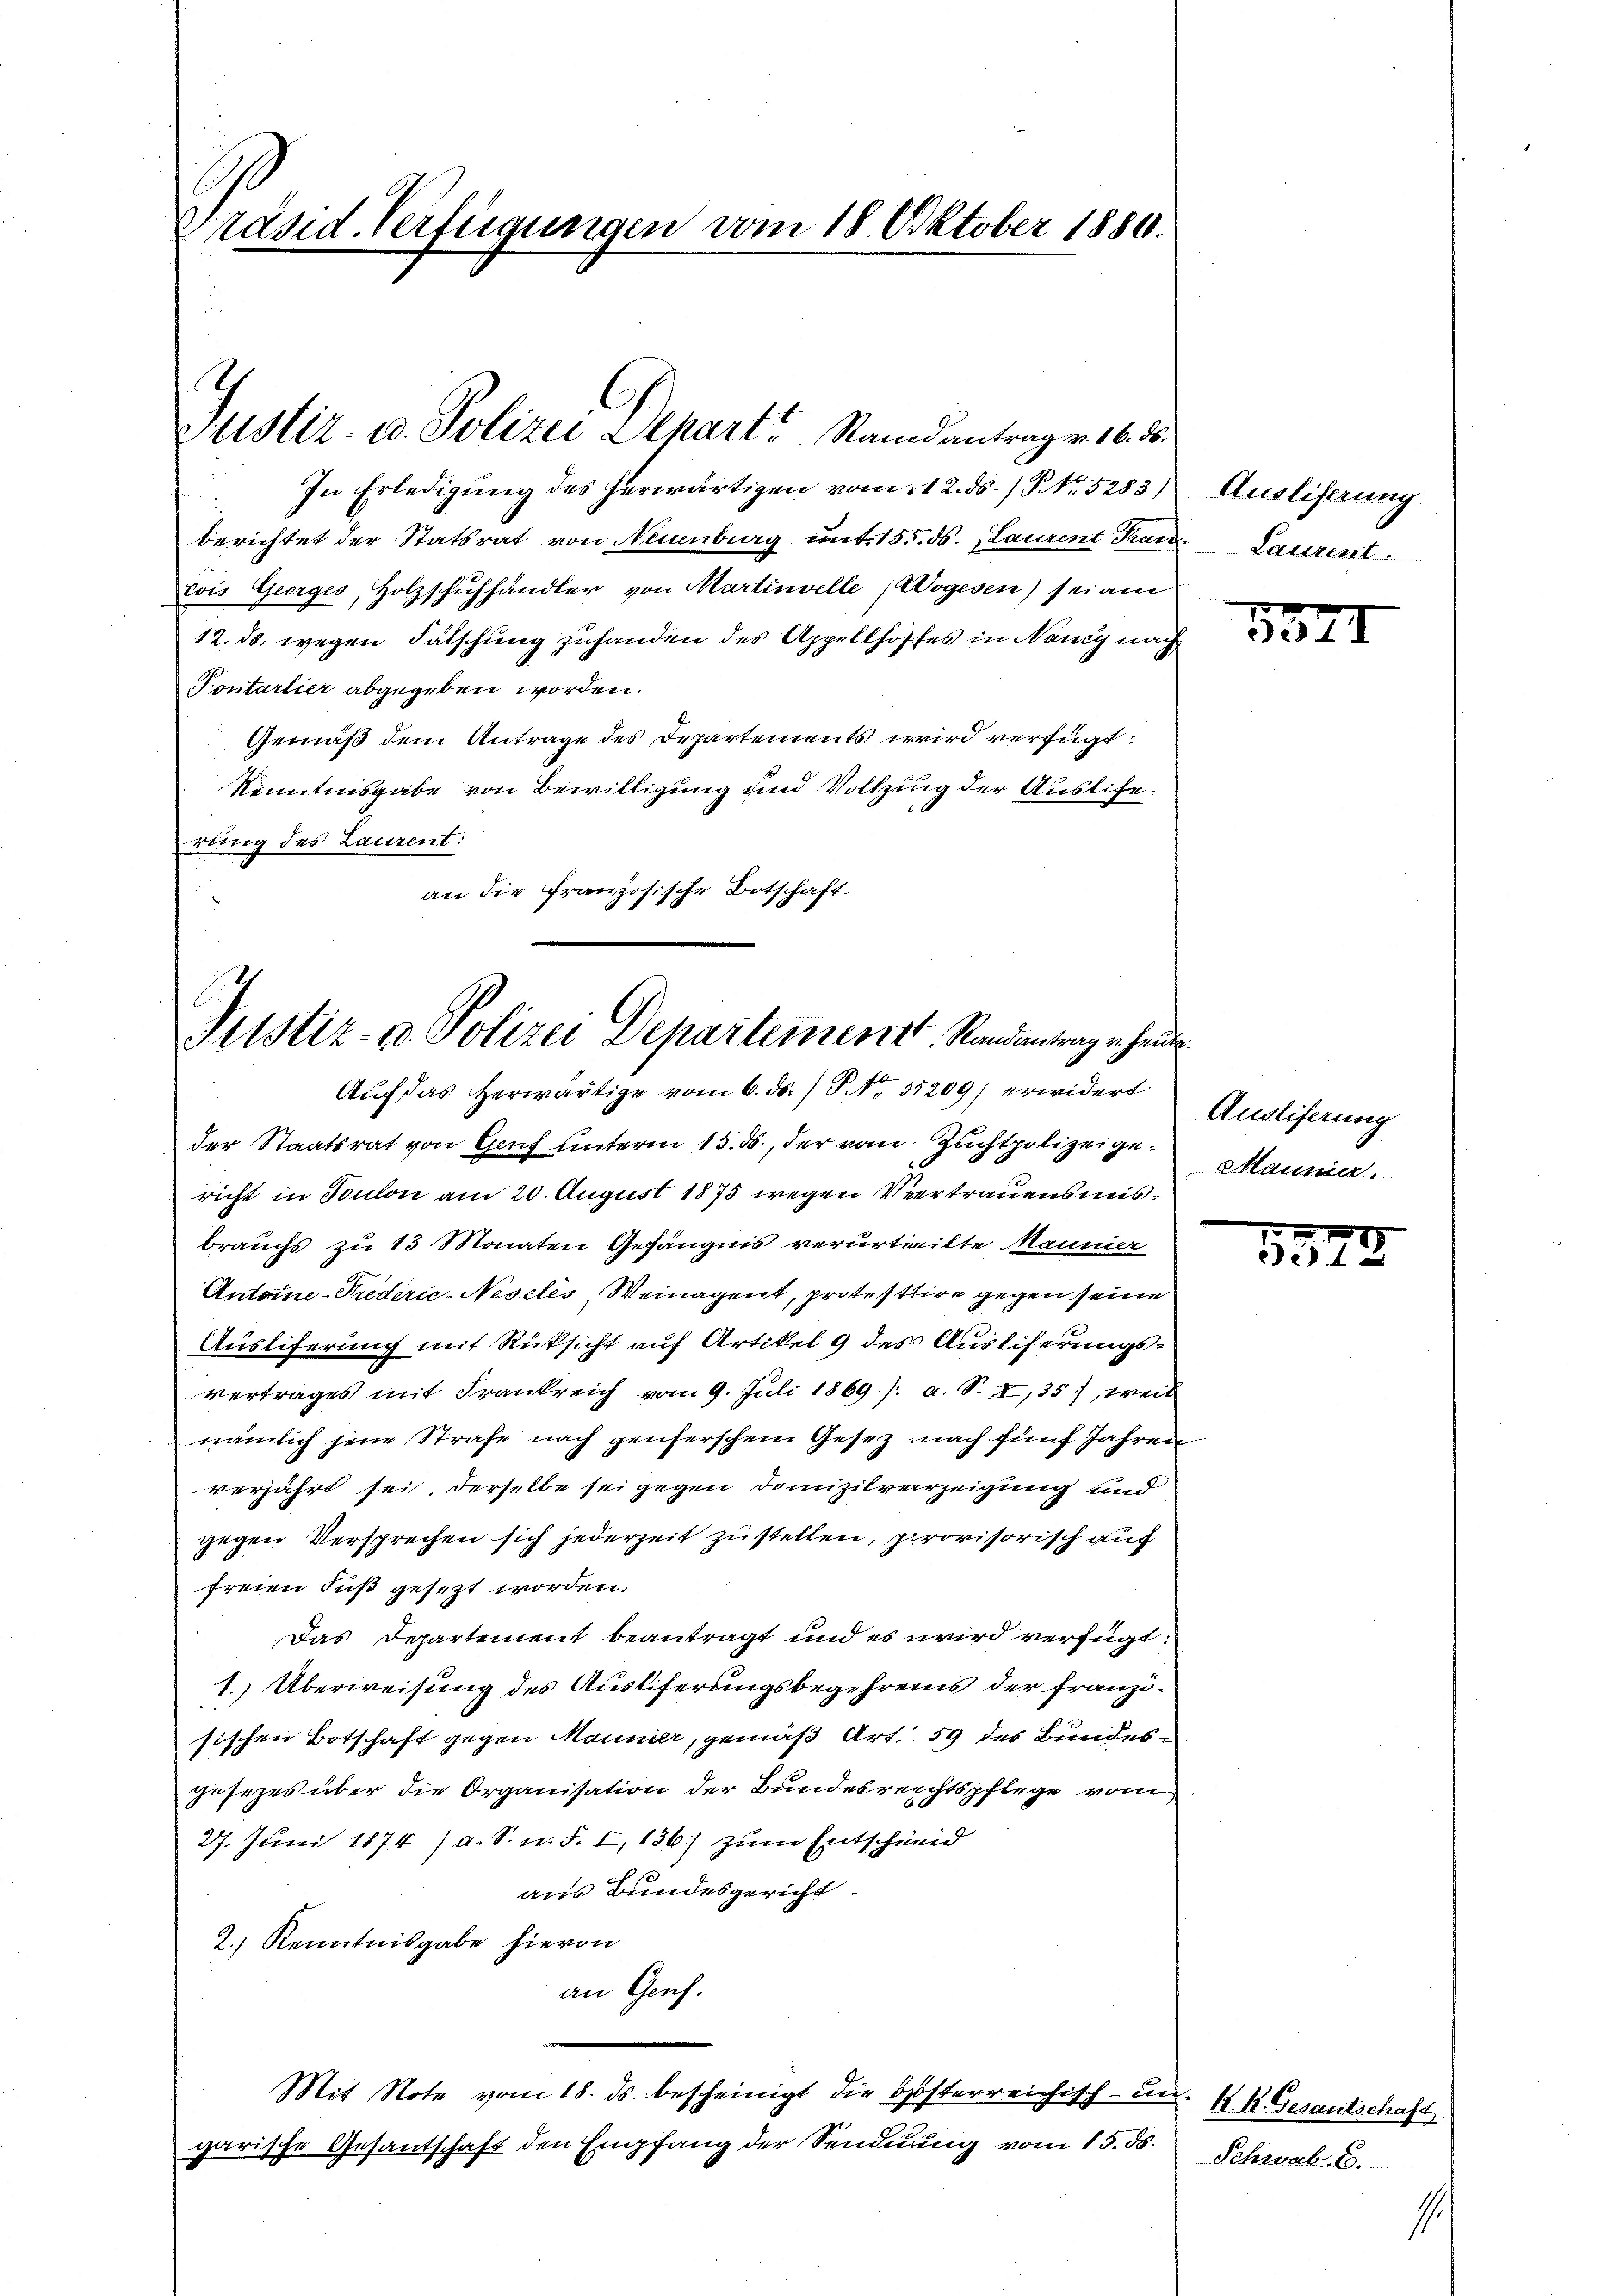
präsid. Verfügungen vom 18. Oktober 1880.

In Erledigung des herwärtigen vom 12. ds. / NNo. 5283)
berichtet der Statsrat von Neuenburg unt. 155. ds., Laurent Kan Laurent
Cois Georges, Holzschuhhändler von Martinvelle Wogesen) sei am
12. ds. wegen Falschung zuhanden des Appellhoffes in Nancy nach
Pontartier abgegeben worden.
Gemäß dem Antrage des Departements wird verfügt:
Kenntnisgabe von Bewilligung und Vollzung der Auslife.
rung des Laurent:
an die französische Botschaft.

K
Justiz- u. Polizei Schart. Randantrag v. 16. 86.

Justiz- u. Polizei Departement. Randentrag erhein
Auf das herwärtige vom 6. ds. / P. Nr. 35209) erwidert

der Staatsrat von Genf unterm 15. ds., der von Zuchtpolizeigericht in Toulon am 20. August 1875 wegen Vertrauensmisbrauchs zu 13 Monaten Gefängnis verurtheilte Maumer
Antoine-Trederie-Nesches, Weinagent, protesttire gegen seine
Ausliferung mit Rücksicht auf Artikel 9 des Ausliserungsvertrages mit Frankreich vom 9. Juli 1869 /: a. S. I,35), weil
nämlich jene Strafe nach genserschem Gesetz nach fünf Jahren
verjährt sei, derselbe sei gegen Domizilverzeigung und
gegen Versprechen sich jederzeit zu stellen, provisorisch auf
freien Fuß gesezt worden.
Das Departement beantragt und es wird verfügt:
1. Überweisung des Ausliferungsbegehrens der franzisischen Botschaft gegen Mannier, gemäß Art. 59 des Bundesgesezes über die Organisation der Bundesreichtspflege vom
27. Juni 1874 / a. S. n. F. I, 136) zum Entschneid
aus Bundesgericht.
2.) Kenntnisgabe hievon
an Genf.
Mit Note vom 18. ds. bescheinigt die Hösterreichisch-un. K. K. Gesantschaft
garische Gesantschaft den Empfang der Sendnung vom 15. ds.

Ausliferung

537.

h
Augliferung
Maunier.

554.

Schwab 6.